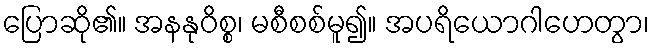
ပြောဆို၏။ အနနုဝိစ္စ၊ မစီစစ်မူ၍။ အပရိယောဂါဟေတွာ၊